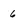
Character: 6